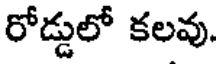
రోడ్డులో కలవు.